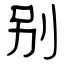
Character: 别